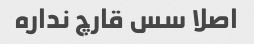
اصلا سس قارچ نداره